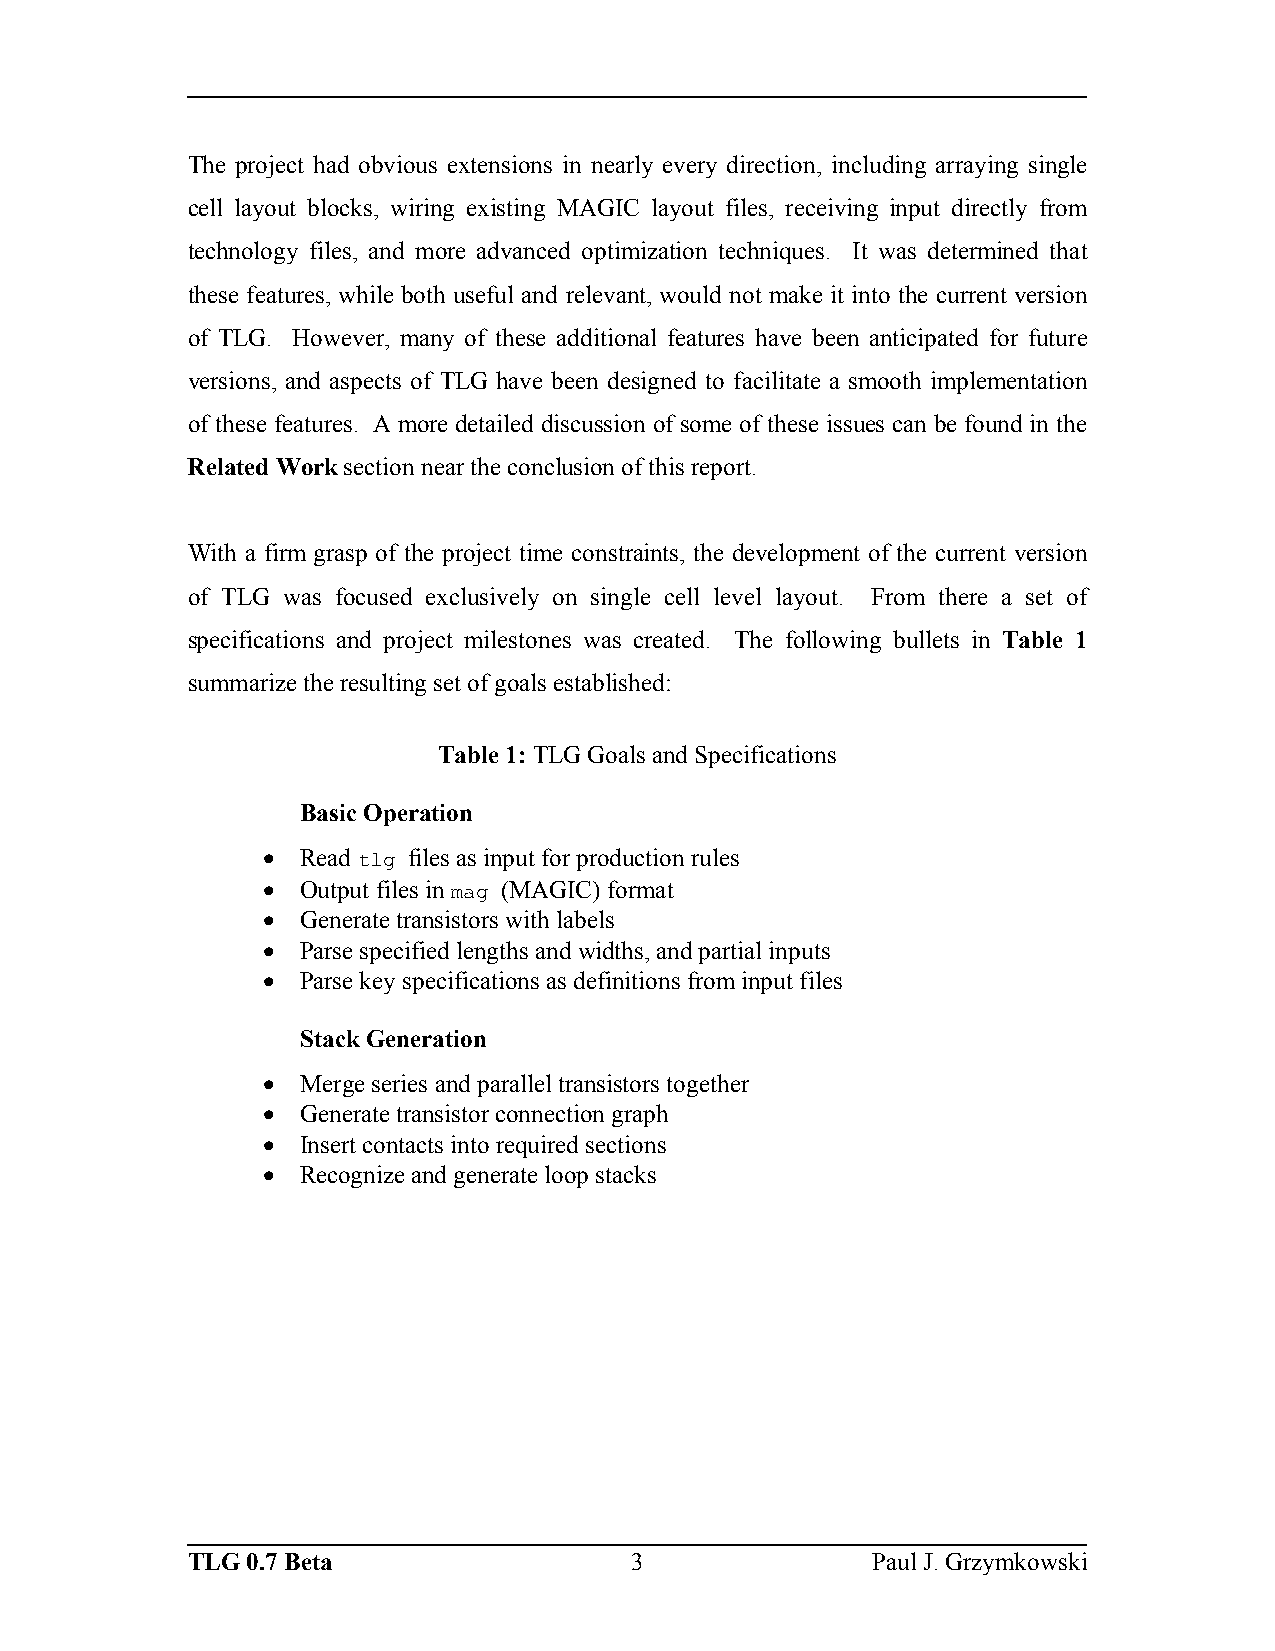
The project had obvious extensions in nearly every direction, including arraying single
 cell layout blocks, wiring existing MAGIC layout files, receiving input directly from
 technology files, and more advanced optimization techniques. It was determined that
 these features, while both useful and relevant, would not make it into the current version
 of TLG. However, many of these additional features have been anticipated for future
 versions, and aspects of TLG have been designed to facilitate a smooth implementation
 of these features. A more detailed discussion of some of these issues can be found in the
 Related Work section near the conclusion of this report.
 With a firm grasp of the project time constraints, the development of the current version
 of TLG was focused exclusively on single cell level layout. From there a set of
 specifications and project milestones was created. The following bullets in Table 1
 summarize the resulting set of goals established:
 Table 1: TLG Goals and Specifications
 Basic Operation
 •  Read tlg files as input for production rules
 •  Output files in mag (MAGIC) format
 •  Generate transistors with labels
 •  Parse specified lengths and widths, and partial inputs
 •  Parse key specifications as definitions from input files
 Stack Generation
 •  Merge series and parallel transistors together
 •  Generate transistor connection graph
 •  Insert contacts into required sections
 •  Recognize and generate loop stacks
 TLG 0.7 Beta                  3               Paul J. Grzymkowski